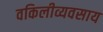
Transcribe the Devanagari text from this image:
वकिलीव्यवसाय